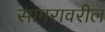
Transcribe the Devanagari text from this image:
सागरावरील